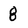
Character: 8